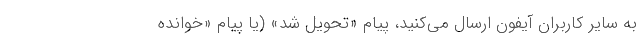
به سایر کاربران آیفون ارسال می‌کنید، پیام «تحویل شد» (یا پیام «خوانده